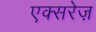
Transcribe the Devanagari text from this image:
एक्सरेज़